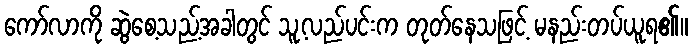
ကော်လာကို ဆွဲစေ့သည့်အခါတွင် သူ့လည်ပင်းက တုတ်နေသဖြင့် မနည်းတပ်ယူရ၏။